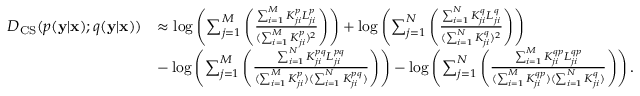
\begin{array} { r l } { D _ { \mathrm { C S } } ( p ( \mathbf { y } | \mathbf { x } ) ; q ( \mathbf { y } | \mathbf { x } ) ) } & { \approx \log \left( \sum _ { j = 1 } ^ { M } \left( \frac { \sum _ { i = 1 } ^ { M } K _ { j i } ^ { p } L _ { j i } ^ { p } } { ( \sum _ { i = 1 } ^ { M } K _ { j i } ^ { p } ) ^ { 2 } } \right) \right) + \log \left( \sum _ { j = 1 } ^ { N } \left( \frac { \sum _ { i = 1 } ^ { N } K _ { j i } ^ { q } L _ { j i } ^ { q } } { ( \sum _ { i = 1 } ^ { N } K _ { j i } ^ { q } ) ^ { 2 } } \right) \right) } \\ & { - \log \left( \sum _ { j = 1 } ^ { M } \left( \frac { \sum _ { i = 1 } ^ { N } K _ { j i } ^ { p q } L _ { j i } ^ { p q } } { ( \sum _ { i = 1 } ^ { M } K _ { j i } ^ { p } ) ( \sum _ { i = 1 } ^ { N } K _ { j i } ^ { p q } ) } \right) \right) - \log \left( \sum _ { j = 1 } ^ { N } \left( \frac { \sum _ { i = 1 } ^ { M } K _ { j i } ^ { q p } L _ { j i } ^ { q p } } { ( \sum _ { i = 1 } ^ { M } K _ { j i } ^ { q p } ) ( \sum _ { i = 1 } ^ { N } K _ { j i } ^ { q } ) } \right) \right) . } \end{array}